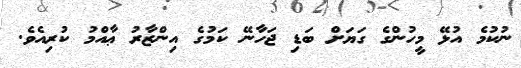
ނުކުމެ އުޅޭ މީހުންގެ ގަޔަށް ބަޑި ޖަހާނޭ ކަމުގެ އިންޒާރު ޢާއްމު ކުރިއެވެ.